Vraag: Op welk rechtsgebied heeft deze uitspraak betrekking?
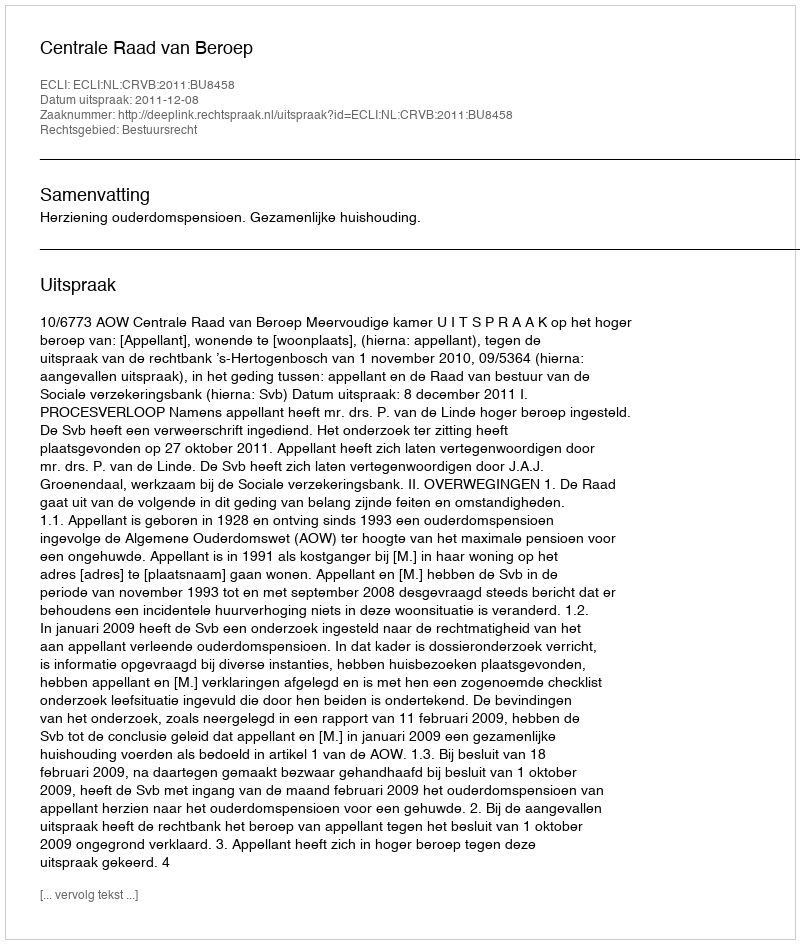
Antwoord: Bestuursrecht